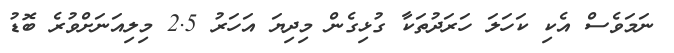
ނަމަވެސް އެކި ކަހަލަ ހަރަދުތަކާ ގުޅިގެން މިދިޔަ އަހަރު 2.5 މިލިއަނަށްވުރެ ބޮޑު